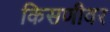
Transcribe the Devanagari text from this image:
किसणीवर